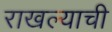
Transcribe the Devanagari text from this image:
राखल्याची